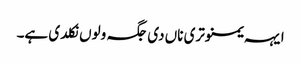
ایہہ یمنوتری ناں دی جگہ ولوں نکلدی ہے۔